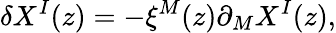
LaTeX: \delta X^{I}(z)=-\xi^{M}(z)\partial_{M}X^{I}(z),